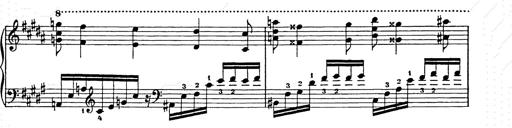
Title: Ballade No.2
Composer: Jan Skrzydlewski
Key: B minor